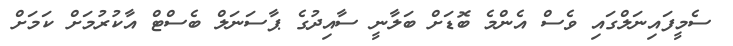
ސެމީފައިނަލްގައި ވެސް އެންމެ ބޮޑަށް ބަލާނީ ސާއިދުގެ ޕާސަނަލް ބެސްޓް އާކުރުމަށް ކަމަށް